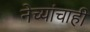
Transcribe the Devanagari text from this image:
नेच्यांचाही